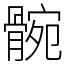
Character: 䯛